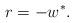
LaTeX: \begin{align*}r = -w^*. \end{align*}